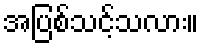
အပြစ်သင့်သလား။